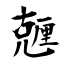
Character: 兣